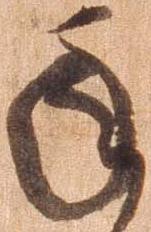
承